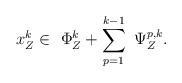
LaTeX: \begin{align*}x_Z^k\in \ \Phi_Z^k+ \sum_{p=1}^{k-1} \ \Psi_{Z}^{p,k}.\end{align*}